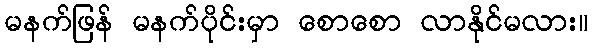
မနက်ဖြန် မနက်ပိုင်းမှာ စောစော လာနိုင်မလား။